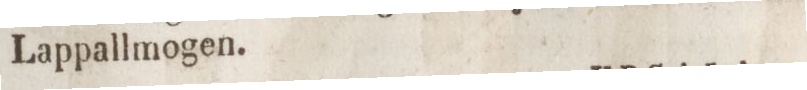
Lappallmogen.